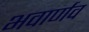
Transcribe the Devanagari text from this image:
भवार्णव